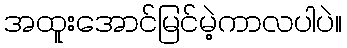
အထူးအောင်မြင်မဲ့ကာလပါပဲ။